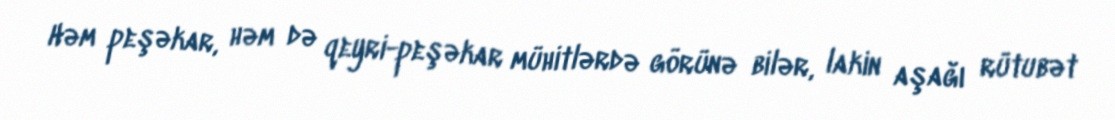
Həm peşəkar, həm də qeyri-peşəkar mühitlərdə görünə bilər, lakin aşağı rütubət